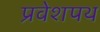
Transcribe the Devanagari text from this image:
प्रवेशपथ